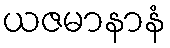
ယဇမာနာနံ